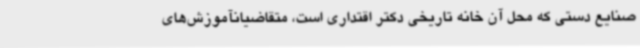
صنایع دستی که محل آن خانه تاریخی دکتر اقتداری است، متقاضیانآموزش‌های